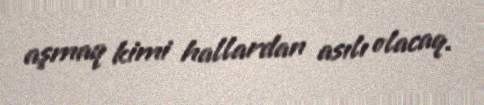
aşmaq kimi hallardan asılı olacaq.